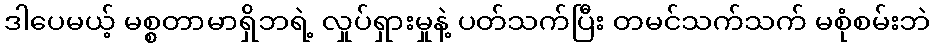
ဒါပေမယ့် မစ္စတာမာရှိဘရဲ့ လှုပ်ရှားမှုနဲ့ ပတ်သက်ပြီး တမင်သက်သက် မစုံစမ်းဘဲ